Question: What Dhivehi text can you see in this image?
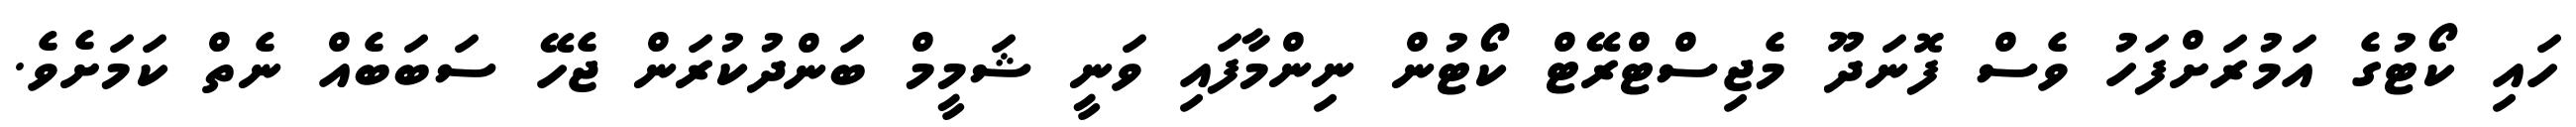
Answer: ހައި ކޯޓުގެ އަމުރަށްފަހު ވެސް ފޮނަދޫ މެޖިސްޓްރޭޓް ކޯޓުން ނިންމާފައި ވަނީ ޝަމީމް ބަންދުކުރަން ޖެހޭ ސަބަބެއް ނެތް ކަމަށެވެ.